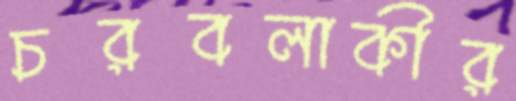
চরবলাকীর